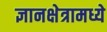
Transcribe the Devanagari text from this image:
ज्ञानक्षेत्रामध्ये